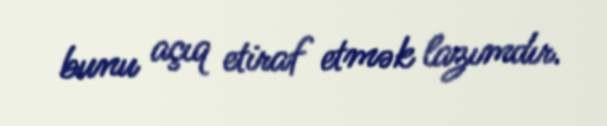
bunu açıq etiraf etmək lazımdır.